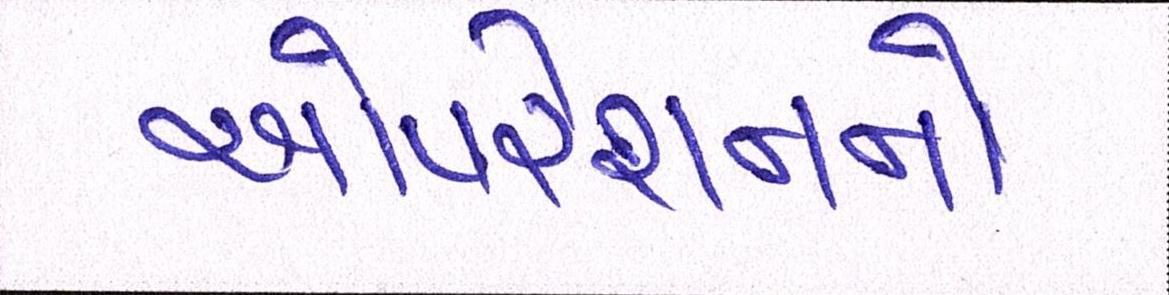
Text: ઓપરેશનનો